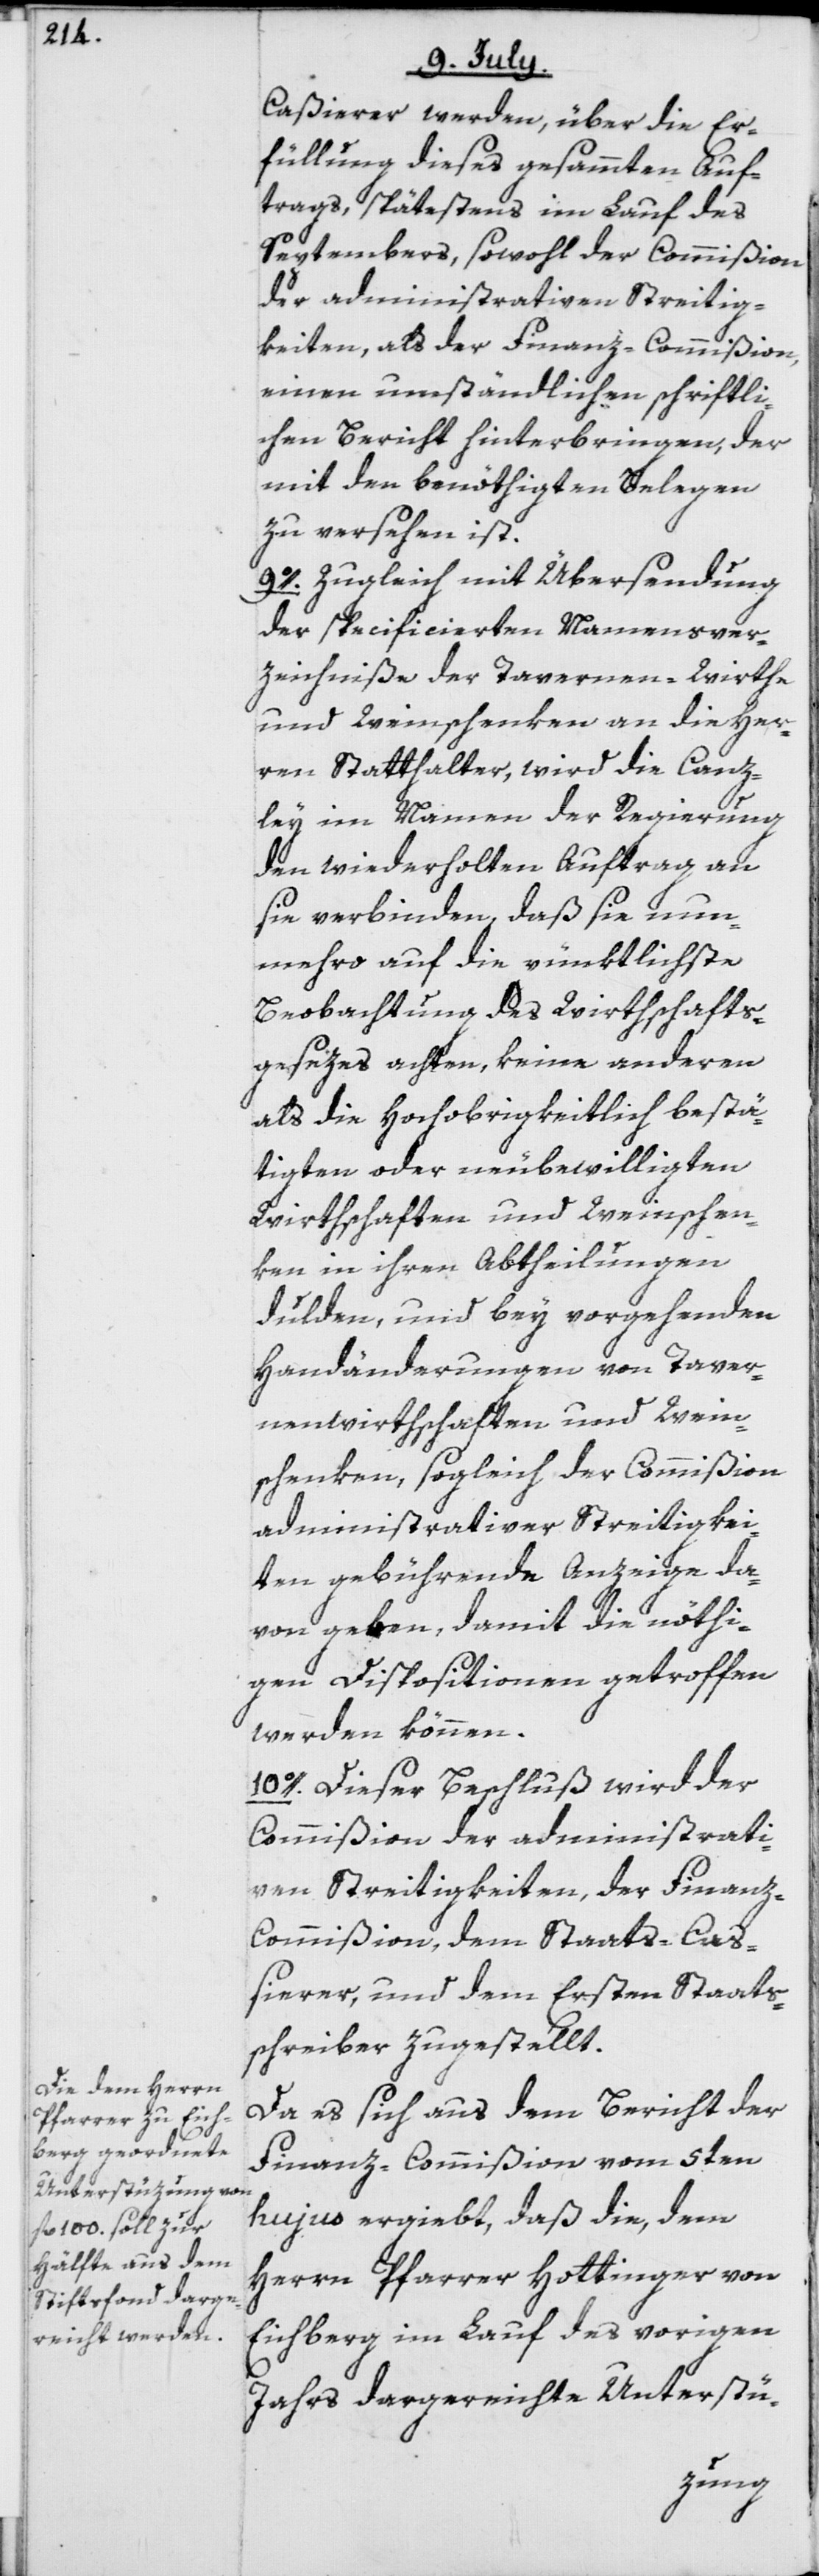
Caßierer werden, über die Er¬
füllung dieses gesammten Auf¬
trags, spätestens im Lauf des
Septembers, sowohl der Commißion
der administrativen Streitig¬
keiten, als der Finanz-Commißion,
einen umständlichen schriftli¬
chen Bericht hinterbringen, der
mit den benöthigten Belegen
zu versehen ist.
9o. Zugleich mit Übersendung
der specificierten Namensver¬
zeichniße der Tavernen-Wirthe
und Weinschenken an die Her¬
ren Statthalter, wird die Canz¬
ley im Namen der Regierung
den wiederholten Auftrag an
sie verbinden, daß sie nun¬
mehro auf die pünktlichste
Beobachtung des Wirthschafts¬
gesezes achten, keine anderen
als die Hochobrigkeitlich bestä¬
tigten oder neubewilligten
Wirthschaften und Weinschen¬
ken in ihren Abtheilungen
dulden, und bey vorgehenden
Handänderungen von Taver¬
nenwirthschaften und Wein¬
schenken, sogleich der Commißion
administrativer Streitigkei¬
ten gebührende Anzeige da¬
von geben, damit die nöthi¬
gen Dispositionen getroffen
werden können.
10o. Dieser Beschluß wird der
Commißion der administrati¬
ven Streitigkeiten, der Finan¬
z-Commißion, dem Staats-Caß¬
ierer, und dem Ersten Staats¬
schreiber zugestellt.
Da es sich aus dem Bericht der
Finanz-Commißion vom 5ten
hujus ergiebt, daß die, dem
Herrn Pfarrer Hottinger von
Eichberg im Lauf des vorigen
Jahrs dargereichte Unterstü-